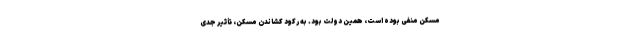
مسکن منفی بوده است، همین دولت بود. به رکود کشاندن مسکن، تأثیر جدی